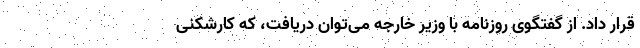
قرار داد. از گفتگوی روزنامه با وزیر خارجه می‌توان دریافت، که کارشکنی